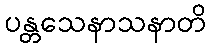
ပန္တသေနာသနာတိ